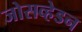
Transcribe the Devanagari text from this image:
जोसव्हेडन